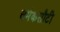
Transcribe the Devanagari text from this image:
धर्मकसौटी